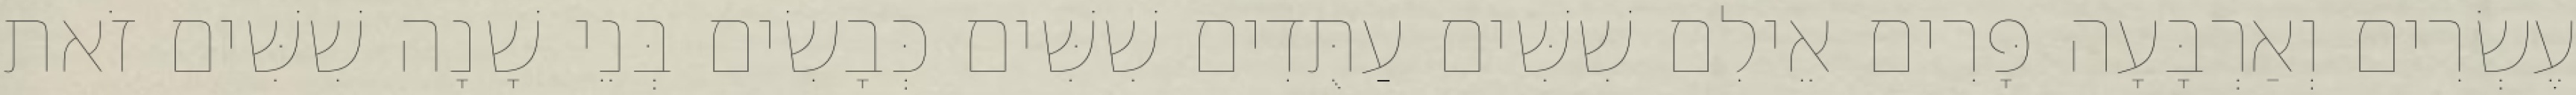
עֶשְׂרִים וְאַרְבָּעָה פָּרִים אֵילִם שִׁשִּׁים עַתֻּדִים שִׁשִּׁים כְּבָשִׂים בְּנֵי שָׁנָה שִׁשִּׁים זֹאת